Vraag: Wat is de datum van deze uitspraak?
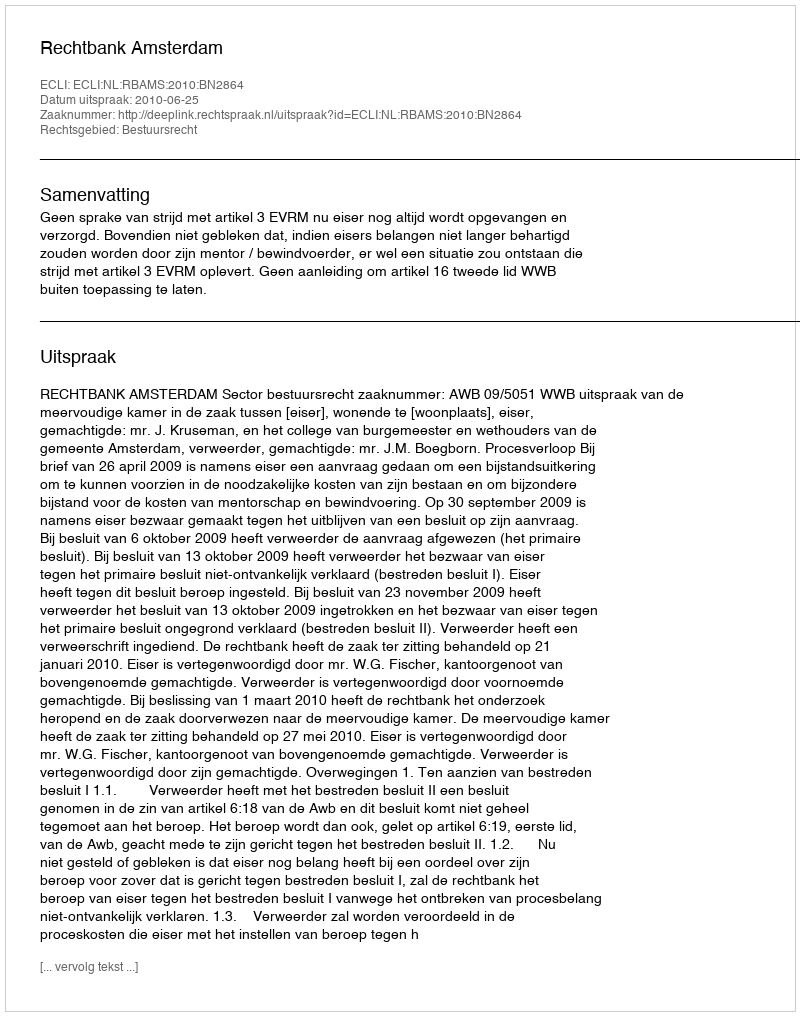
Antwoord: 2010-06-25